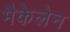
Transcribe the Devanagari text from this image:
मैकेलेन